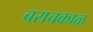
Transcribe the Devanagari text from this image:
बराचकाळ